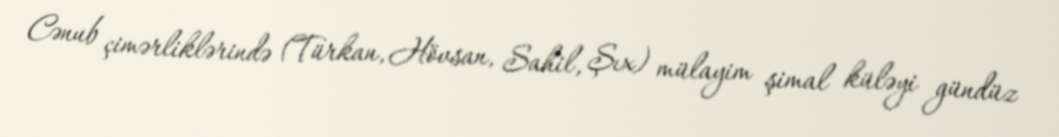
Cənub çimərliklərində (Türkan, Hövsan, Sahil, Şıx) mülayim şimal küləyi gündüz